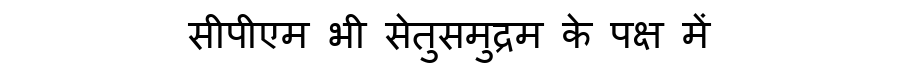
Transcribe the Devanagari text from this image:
सीपीएम भी सेतुसमुद्रम के पक्ष में